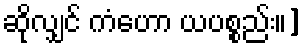
ဆိုလျှင် ကံဟော ယပစ္စည်း။]